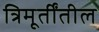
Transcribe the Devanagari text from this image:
त्रिमूर्तींतील